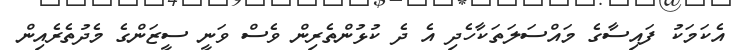
އެކަމަކު ފައިސާގެ މައްސަލަތަކާހެދި އެ ދެ ކުޅުންތެރިން ވެސް ވަނީ ސީޒަންގެ މެދުތެރެއިން